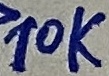
Text: 10K